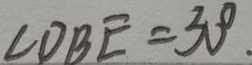
\angle D B E = 3 0 ^ { \circ } .